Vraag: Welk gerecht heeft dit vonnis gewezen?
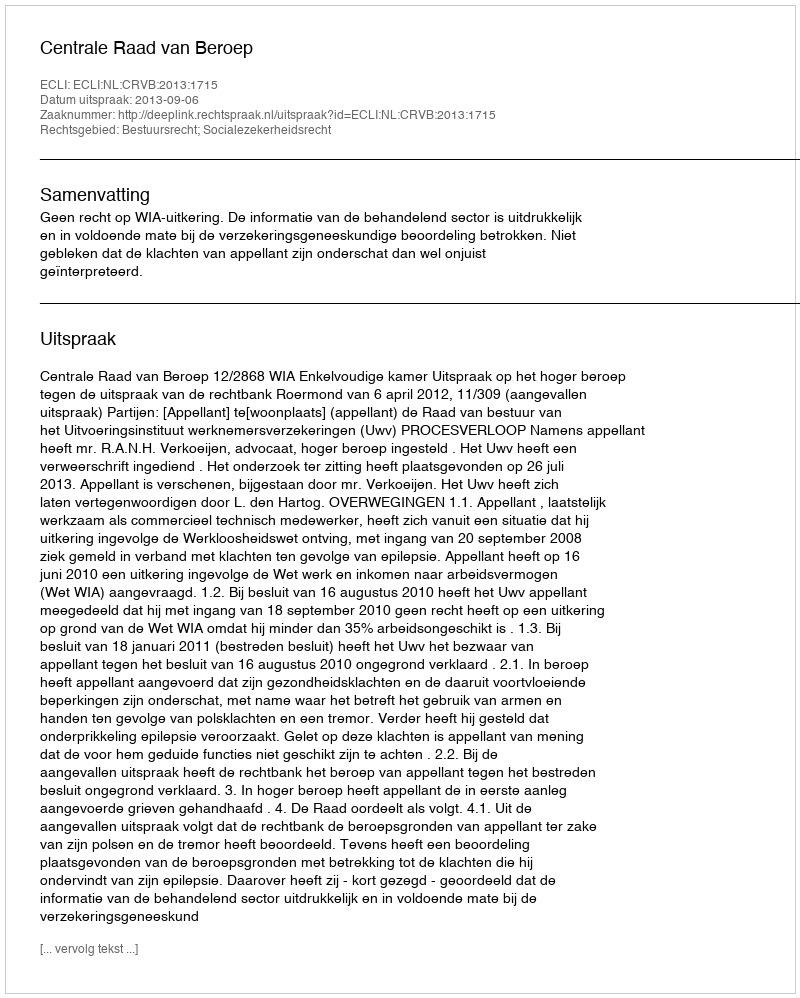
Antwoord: Centrale Raad van Beroep